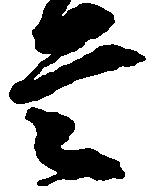
是